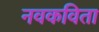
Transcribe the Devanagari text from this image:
नवकविता